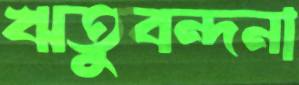
ঋতুবন্দনা